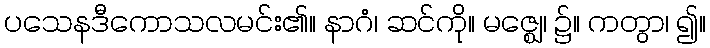
ပသေနဒီကောသလမင်း၏။ နာဂံ၊ ဆင်ကို။ မဇ္ဈေ၊ ၌။ ကတွာ၊ ၍။